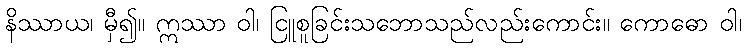
နိဿာယ၊ မှီ၍။ ဣဿာ ဝါ၊ ငြူစူခြင်းသဘောသည်လည်းကောင်း။ ကောဓော ဝါ၊